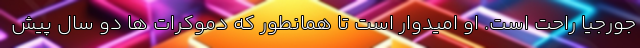
جورجیا راحت است. او امیدوار است تا همانطور که دموکرات ها دو سال پیش